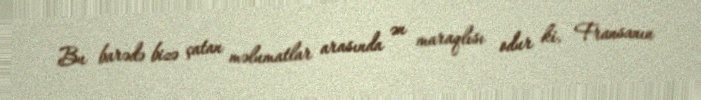
Bu barədə bizə çatan məlumatlar arasında ən maraqlısı odur ki, Fransanın